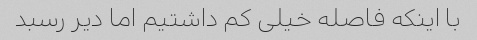
با اینکه فاصله خیلی کم داشتیم اما دیر رسبد